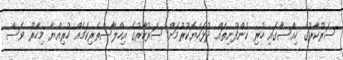
ސަރުކާރުގެ ހިއްސާގައި ހުރި ކުންފުނިތައް ދުޅަހެޔޮކުރުމަށް ސަރުކާރުގެ އިހްލާސްތެރިކަމެއް ހުރިއްޔާ މިހާރު ވެސް